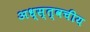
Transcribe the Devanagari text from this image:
अध्स्त्वचीय